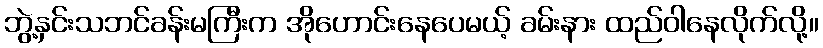
ဘွဲ့နှင်းသဘင်ခန်းမကြီးက အိုဟောင်းနေပေမယ့် ခမ်းနား ထည်ဝါနေလိုက်လို့။